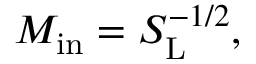
M _ { \mathrm { { i n } } } = S _ { \mathrm { { L } } } ^ { - 1 / 2 } ,